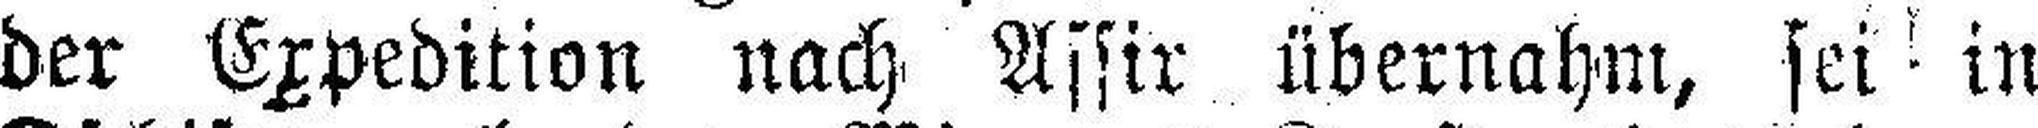
der Expedition nach Assir übernahm, sei in